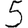
Digit: 5